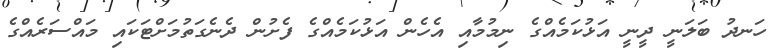
ހަނދު ބަލަނީ ދީނީ އަޅުކަމެއްގެ ނިމުމާއި އެހެން އަޅުކަމެއްގެ ފެށުން ދެނެގަތުމަށްޓަކައި މައްސަރެއްގެ